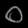
Digit: ၀